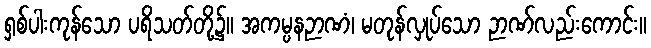
ရှစ်ပါးကုန်သော ပရိသတ်တို့၌။ အကမ္ပနဉာဏံ၊ မတုန်လှုပ်သော ဉာဏ်လည်းကောင်း။